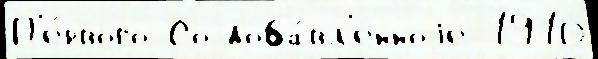
П'е́рвого Со доба́вл'енноjе 1910